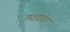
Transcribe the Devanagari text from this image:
नाइट्राईट